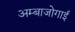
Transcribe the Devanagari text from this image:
अम्बाजोगाई